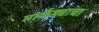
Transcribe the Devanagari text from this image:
मार्कंड्याचा